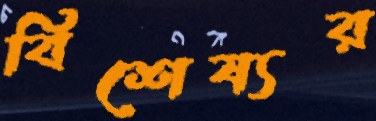
বিশেষ্যর